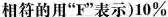
相符的用"F"表示)10%